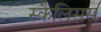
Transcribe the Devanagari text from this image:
स्कैलिसस